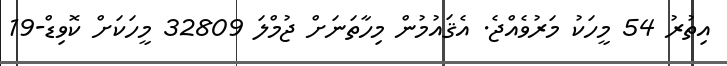
އިތުރު 54 މީހަކު މަރުވެއްޖެ. އެޤައުމުން މިހާތަނަށް ޖުމްލަ 32809 މީހަކަށް ކޮވިޑް-19